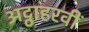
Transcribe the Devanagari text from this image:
अट्ठाहरवीं